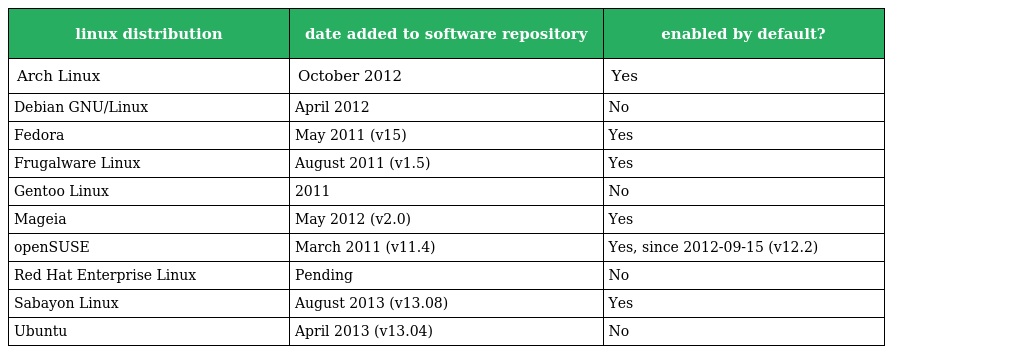
| linux distribution | date added to software repository | enabled by default? |
 | --- | --- | --- |
 | Arch Linux | October 2012 | Yes |
 | Debian GNU/Linux | April 2012 | No |
 | Fedora | May 2011 (v15) | Yes |
 | Frugalware Linux | August 2011 (v1.5) | Yes |
 | Gentoo Linux | 2011 | No |
 | Mageia | May 2012 (v2.0) | Yes |
 | openSUSE | March 2011 (v11.4) | Yes, since 2012-09-15 (v12.2) |
 | Red Hat Enterprise Linux | Pending | No |
 | Sabayon Linux | August 2013 (v13.08) | Yes |
 | Ubuntu | April 2013 (v13.04) | No |